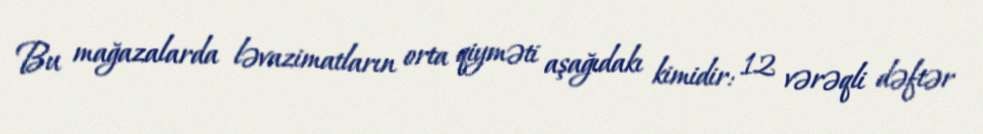
Bu mağazalarda ləvazimatların orta qiyməti aşağıdakı kimidir: 12 vərəqli dəftər